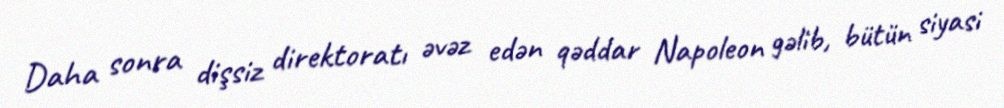
Daha sonra dişsiz direktoratı əvəz edən qəddar Napoleon gəlib, bütün siyasi